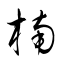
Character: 枏